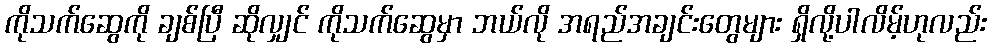
ကိုသက်ဆွေကို ချစ်ပြီ ဆိုလျှင် ကိုသက်ဆွေမှာ ဘယ်လို အရည်အချင်းတွေများ ရှိလို့ပါလိမ့်ဟုလည်း